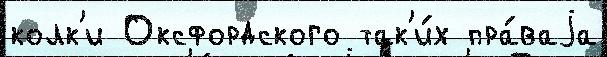
колк'и Оксфордского так'и́х пра́ваjа